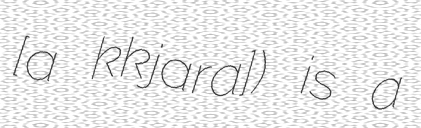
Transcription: [a kˈkjaːra]) is a